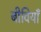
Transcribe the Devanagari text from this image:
बीवियाँ